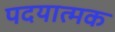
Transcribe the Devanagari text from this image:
पदयात्मक